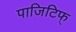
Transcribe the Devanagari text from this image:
पाजिटिफ्